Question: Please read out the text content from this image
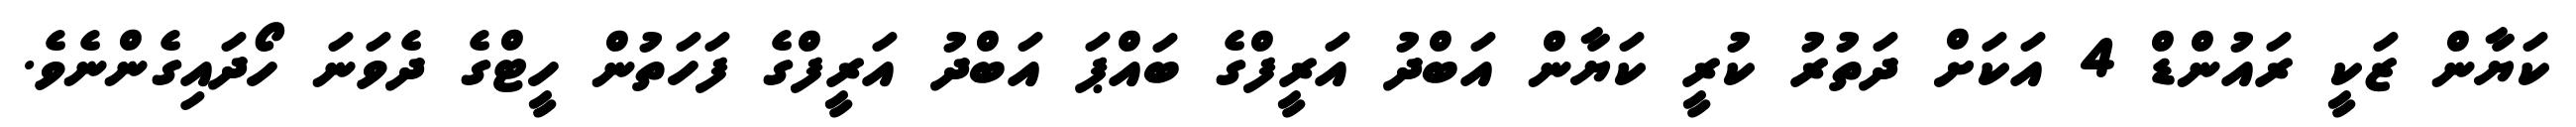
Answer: ކަޔާން ޒަކީ ރައުންޑް 4 އަކަށް ދަތުރު ކުރީ ކަޔާން އަބްދު އަރީފްގެ ބައްޕަ އަބްދު އަރީފްގެ ފަހަތުން ހީޓްގެ ދެވަނަ ހޯދައިގެންނެވެ.